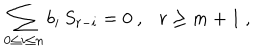
\sum _ { 0 \le i \le n } b _ { i } \, S _ { r - i } = 0 \ , \ \ \ r \ge m + 1 \ ,